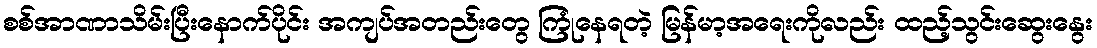
စစ်အာဏာသိမ်းပြီးနောက်ပိုင်း အကျပ်အတည်းတွေ ကြုံနေရတဲ့ မြန်မာ့အရေးကိုလည်း ထည့်သွင်းဆွေးနွေး